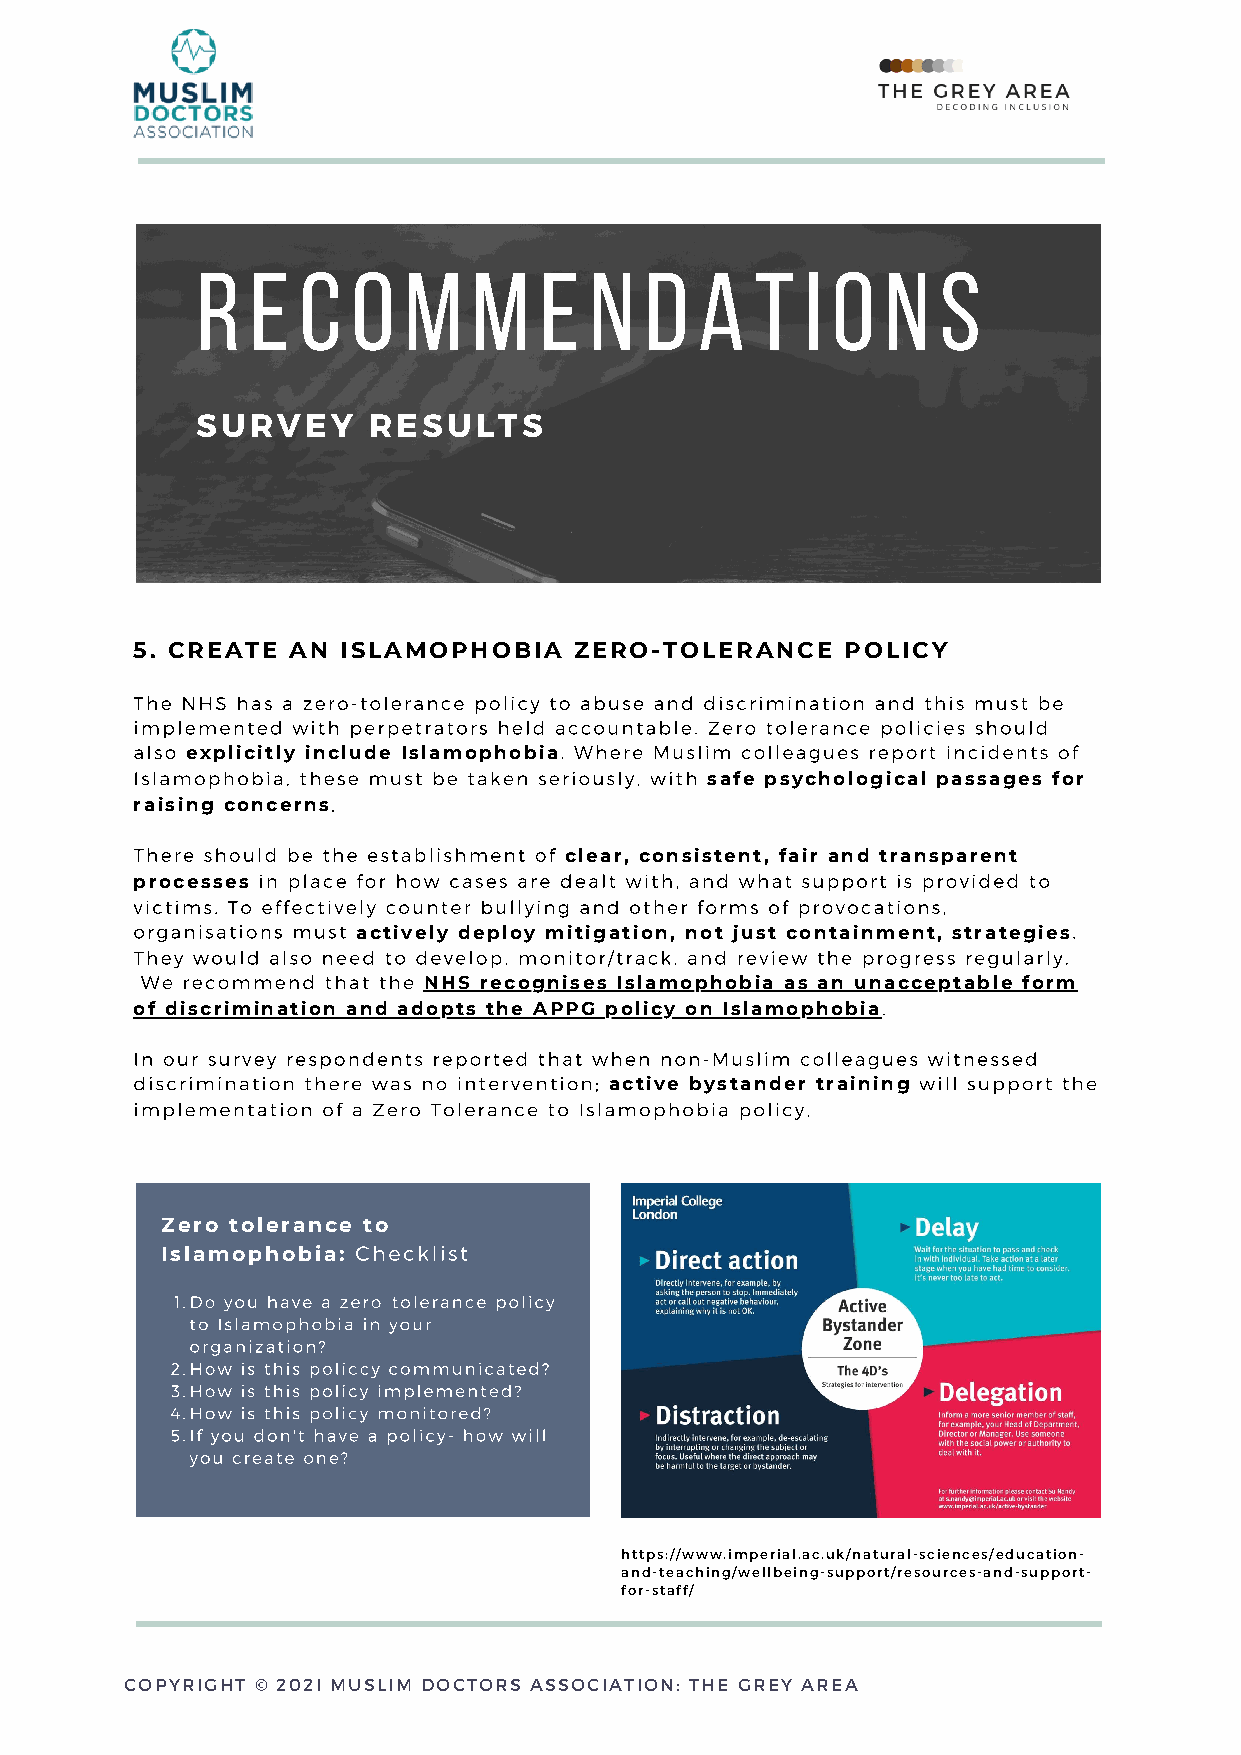
r   e  c  o   m   m    e  n   d  a   t  i o   n  s
 SURVEY     RESULTS
 5. CREATE AN  ISLAMOPHOBIA   ZERO-TOLERANCE    POLICY
 The NHS has a zero-tolerance policy to abuse and discrimination and this must be
 implemented with perpetrators held accountable. Zero tolerance policies should
 also explicitly include Islamophobia. Where Muslim colleagues report incidents of
 Islamophobia, these must be taken seriously, with safe psychological passages for
 raising concerns,
 There should be the establishment of clear, consistent, fair and transparent
 processes in place for how cases are dealt with, and what support is provided to
 victims. To effectively counter bullying and other forms of provocations,
 organisations must actively deploy mitigation, not just containment, strategies.
 They would also need to develop, monitor/track, and review the progress regularly.
 We recommend that the NHS recognises Islamophobia as an unacceptable form
 of discrimination and adopts the APPG policy on Islamophobia.
 In our survey respondents reported that when non-Muslim colleagues witnessed
 discrimination there was no intervention; active bystander training will support the
 implementation of a Zero Tolerance to Islamophobia policy.
 Zero tolerance to
 Islamophobia: Checklist
 1.Do you have a zero-tolerance policy
 to Islamophobia in your
 organization?
 2.How is this policcy communicated?
 3.How is this policy implemented?
 4.How is this policy monitored?
 5.If you don't have a policy- how will
 you create one?
 https://www.imperial.ac.uk/natural-sciences/education-
 and-teaching/wellbeing-support/resources-and-support-
 for-staff/
 COPYRIGHT © 202I MUSLIM DOCTORS ASSOCIATION: THE GREY AREA